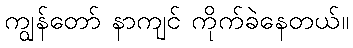
ကျွန်တော် နာကျင် ကိုက်ခဲနေတယ်။